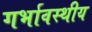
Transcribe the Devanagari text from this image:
गर्भावस्थीय